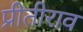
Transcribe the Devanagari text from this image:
प्रीतीराव